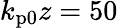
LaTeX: k_{\mathrm{p0}}z=50